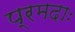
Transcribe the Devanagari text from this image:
प्रमदाः